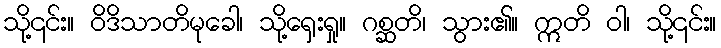
သို့၎င်း။ ဝိဒိသာတိမုခေါ၊ သို့ရှေးရှု။ ဂစ္ဆတိ၊ သွား၏။ ဣတိ ဝါ၊ သို့၎င်း။